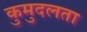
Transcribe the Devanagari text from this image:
कुमुदलता